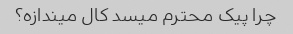
چرا پیک محترم میسد کال میندازه؟